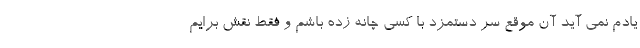
یادم نمی آید آن موقع سر دستمزد با کسی چانه زده باشم و فقط نقش برایم